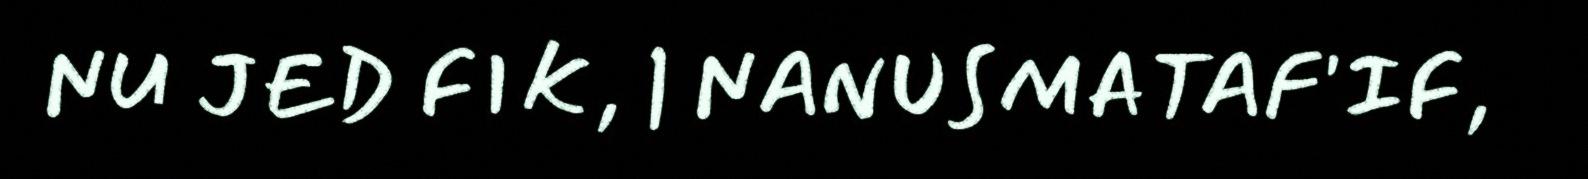
NU JED FIK, | NANUSMATAF'IF,